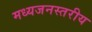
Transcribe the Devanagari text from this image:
मध्यजनस्तरीय